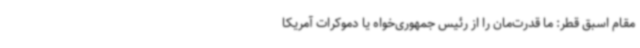
مقام اسبق قطر: ما قدرت‌مان را از رئیس جمهوری‌خواه یا دموکرات آمریکا